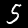
Digit: 5